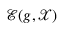
\mathcal { E } ( g , \mathcal { X } )